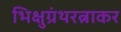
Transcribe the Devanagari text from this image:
भिक्षुग्रंथरत्नाकर